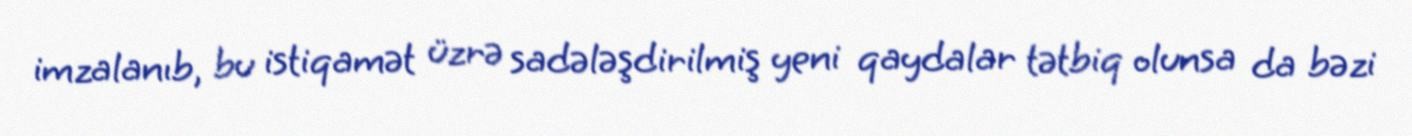
imzalanıb, bu istiqamət üzrə sadələşdirilmiş yeni qaydalar tətbiq olunsa da bəzi